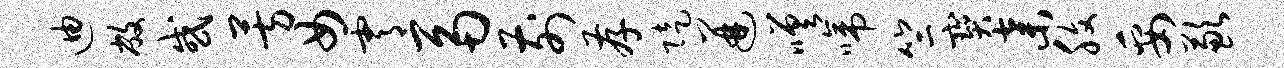
迪敝或芳女霄鬲前存陡迸嗟啼竺宝弃腹妥歉